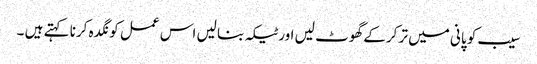
سیب کو پانی میں تر کرکے گھوٹ لیں اور ٹیکہ بنا لیں اس عمل کو نگدہ کرنا کہتے ہیں ۔